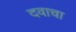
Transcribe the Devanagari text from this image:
दवाचा